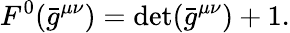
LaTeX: {}F^{0}(\bar{g}^{\mu\nu})=\operatorname*{det}(\bar{g}^{\mu\nu})+1.